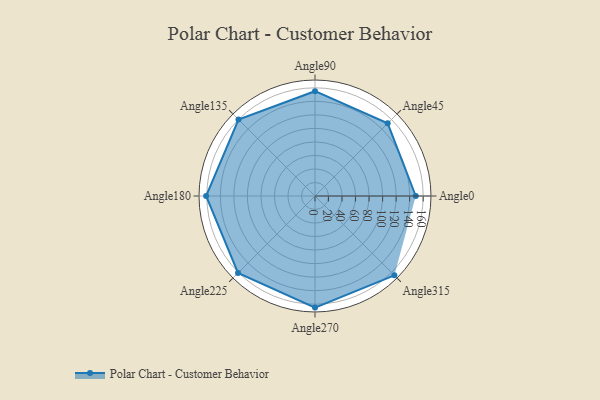
{"axis": {"x": "Angle", "y": "Radius"}, "legend": [""], "data": [{"x": "Angle0", "y": 149.0, "type": ""}, {"x": "Angle45", "y": 152.0, "type": ""}, {"x": "Angle90", "y": 155.0, "type": ""}, {"x": "Angle135", "y": 160.0, "type": ""}, {"x": "Angle180", "y": 161.0, "type": ""}, {"x": "Angle225", "y": 161.0, "type": ""}, {"x": "Angle270", "y": 165.0, "type": ""}, {"x": "Angle315", "y": 166.0, "type": ""}]}